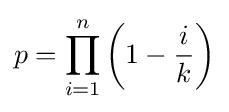
p=\prod _{i=1}^{n}\left(1-{\frac {i}{k}}\right)